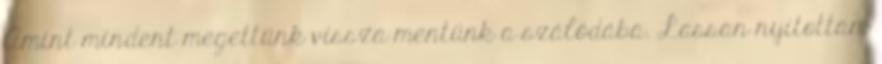
Amint mindent megettünk vissza mentünk a szálódába. Lassan nyitottam